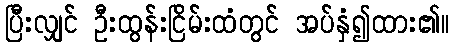
ပြီးလျှင် ဦးထွန်းငြိမ်းထံတွင် အပ်နှံ၍ထား၏။